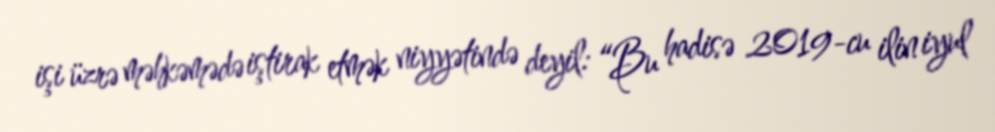
işi üzrə məhkəmədə iştirak etmək niyyətində deyil: “Bu hadisə 2019-cu ilin iyul